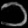
Digit: ၁